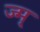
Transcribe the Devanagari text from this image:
ज्म्